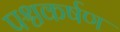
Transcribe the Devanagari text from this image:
पश्चकर्षण